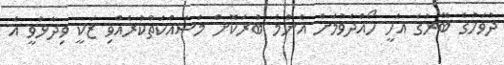
ދުވަހުގެ ބޭރުގެ އެހީ ހޯއްދެވުމަށް އެންމެ ބުރަކޮށް މަސައްކަތްކުރެއްވި ޒަކީ ވިދާޅުވީ އެ